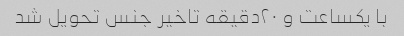
با یکساعت و ۲۰دقیقه تاخیر جنس تحویل شد